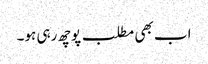
اب بھی مطلب پوچھ رہی ہو۔